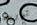
توريط